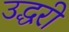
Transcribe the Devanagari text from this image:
उद्धरी